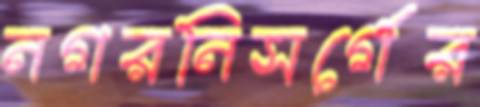
নগরনিসর্গের